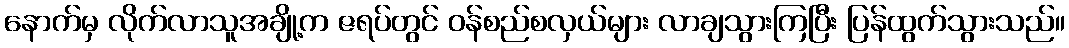
နောက်မှ လိုက်လာသူအချို့က ဇရပ်တွင် ဝန်စည်စလှယ်များ လာချသွားကြပြီး ပြန်ထွက်သွားသည်။